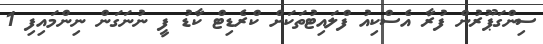
ސިންގަޕޫރުން ފުރާ އެސްކިއު ފްލައިޓުތަކަށް ކްރެޑިޓް ކާޑު ފީ ނުނަގަން ނިންމައިފި 1